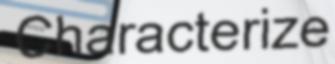
Characterize